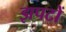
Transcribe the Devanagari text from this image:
झपटों